Annual report of the Punjab Veterinary College and of the Civil Veterinary Department, Punjab - 1926-1932
Year: 1926
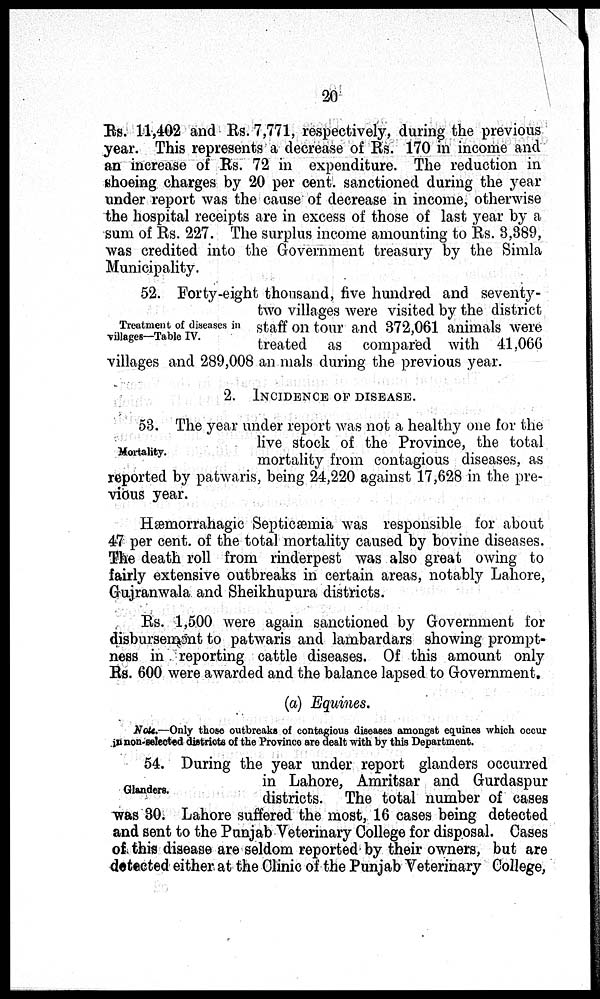
20
Rs. 11,402 and Rs. 7,771, respectively, during the previous
year. This represents a decrease of Rs. 170 in income and
an increase of Rs. 72 in expenditure. The reduction in
shoeing charges by 20 per cent. sanctioned during the year
under report was the cause of decrease in income, otherwise
the hospital receipts are in excess of those of last year by a
sum of Rs. 227. The surplus income amounting to Rs. 3,389,
was credited into the Government treasury by the Simla
Municipality.
Treatment of diseases in
villages—Table IV.
52. Forty-eight thousand, five hundred and seventy-
two villages were visited by the district
staff on tour and 372,061 animals were
treated as compared with 41,066
villages and 289,008 animals during the previous year.
2. INCIDENCE OF DISEASE.
Mortality.
53. The year under report was not a healthy one for the
live stock of the Province, the total
mortality from contagious diseases, as
reported by patwaris, being 24,220 against 17,628 in the pre-
vious year.
Hæmorrahagic Septicæmia was responsible for about
47 per cent. of the total mortality caused by bovine diseases.
The death roll from rinderpest was also great owing to
fairly extensive outbreaks in certain areas, notably Lahore,
Gujranwala and Sheikhupura districts.
Rs. 1,500 were again sanctioned by Government for
disbursement to patwaris and lambardars showing prompt-
ness in reporting cattle diseases. Of this amount only
Rs. 600 were awarded and the balance lapsed to Government.
(a) Equines.
Note.—Only those outbreaks of contagious diseases amongst equines which occur
in non-selected districts of the Province are dealt with by this Department.
Glanders.
54. During the year under report glanders occurred
in Lahore, Amritsar and Gurdaspur
districts. The total number of cases
was 30. Lahore suffered the most, 16 cases being detected
and sent to the Punjab Veterinary College for disposal. Cases
of this disease are seldom reported by their owners, but are
detected either at the Clinic of the Punjab Veterinary College,